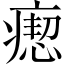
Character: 瘛